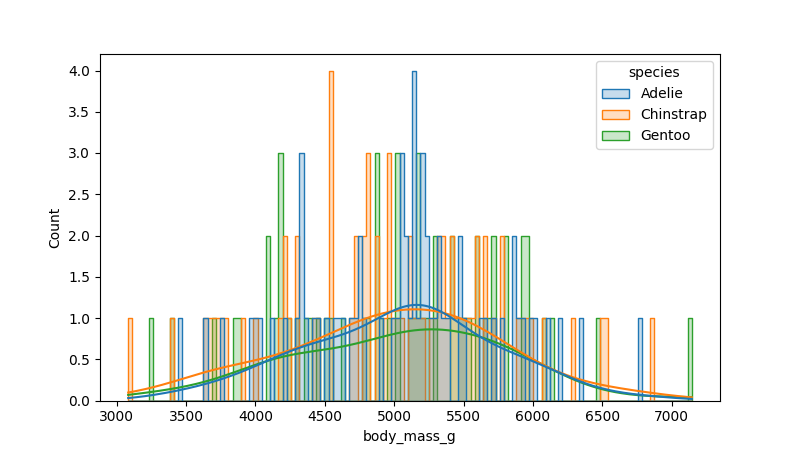
python, seaborn, histplot, hue='species', binwidth=30, bins='auto', element='step'